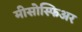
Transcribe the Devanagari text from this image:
मीसोस्फिअर